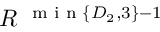
R ^ { \mathrm { ~ \scriptsize ~ m ~ i ~ n ~ } \{ D _ { 2 } , { 3 } \} - 1 }